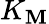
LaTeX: K_{\mathbf{M}}